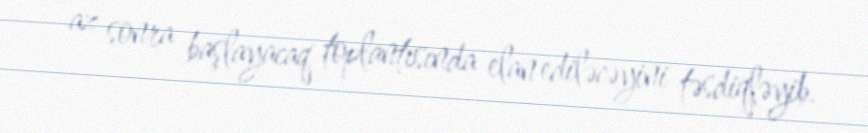
az sonra başlayacaq toplantısında elan ediləcəyini təsdiqləyib.